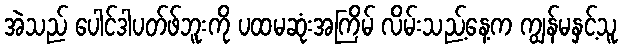
အဲသည် ပေါင်ဒါပတ်ဖ်ဘူးကို ပထမဆုံးအကြိမ် လိမ်းသည့်နေ့က ကျွန်မနှင့်သူ